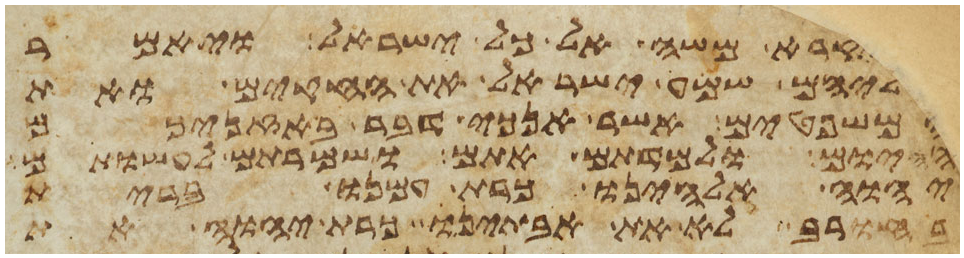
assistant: ויקרא משה אל כל ישראל ויאמר
אליהם שמע ישראל את החקים ואת
המשפטים אשר אנכי דבר באזניכם
היום ולמדתם אתם ושמרתם לעשותם
יהוה אלהינו כרת עמנו ברית
בחורב לא את אבתינו כרת יהוה את